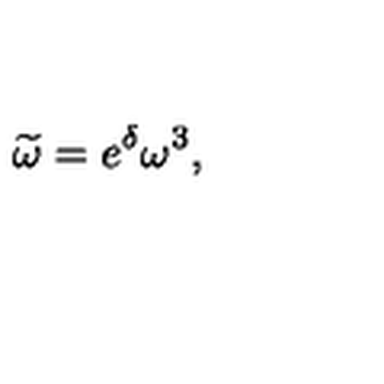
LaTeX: \widetilde { \omega } = e ^ { \delta } \omega ^ { 3 } ,